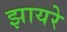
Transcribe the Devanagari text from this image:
झायरे